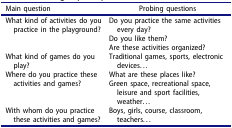
<table><thead><tr><td><b>Main question</b></td><td><b>Probing questions</b></td></tr></thead><tbody><tr><td rowspan="3">What kind of activities do you practice in the playground?</td><td>Do you practice the same activities every day?</td></tr><tr><td>Do you like them?</td></tr><tr><td>Are these activities organized?</td></tr><tr><td>What kind of games do you play?</td><td>Traditional games, sports, electronic devices...</td></tr><tr><td rowspan="2">Where do you practice these activities and games?</td><td>What are these places like?</td></tr><tr><td>Green space, recreational space, leisure and sport facilities, weather...</td></tr><tr><td>With whom do you practice these activities and games?</td><td>Boys, girls, course, classroom, teachers...</td></tr></tbody></table>